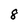
Character: 8